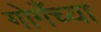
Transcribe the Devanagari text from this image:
गोगँच्या